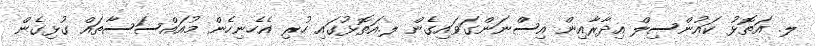
ލ. އަތޮޅު ކައުންސިލް އިދާރާއިން އިސްނަންގަވައިގެން ލ.އަތޮޅުގައި ހުރި އެހެނިހެން މުއައްސަސާތައް ގުޅިގެން